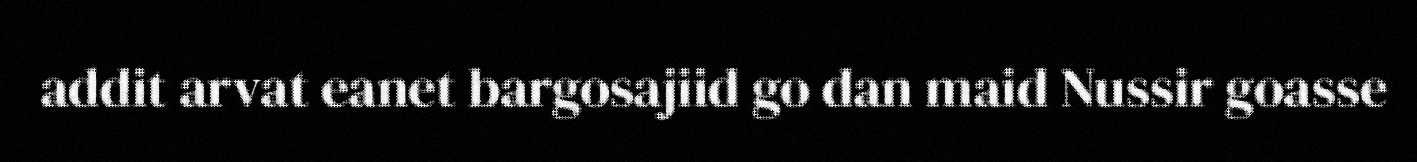
addit arvat eanet bargosajiid go dan maid Nussir goasse